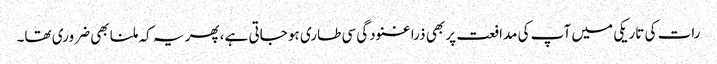
رات کی تاریکی میں آپ کی مدافعت پر بھی ذرا غنودگی سی طاری ہو جاتی ہے، پھر یہ کہ ملنا بھی ضروری تھا۔